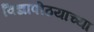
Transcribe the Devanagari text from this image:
विद्यापीठयाच्या